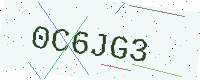
Text: 0C6JG3